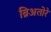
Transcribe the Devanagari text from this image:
ब्रिअतोरे